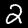
Label: 2